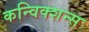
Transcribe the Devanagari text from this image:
कन्विक्शन्स